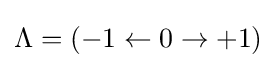
\Lambda =(-1\leftarrow 0\rightarrow +1)